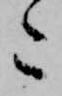
た